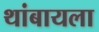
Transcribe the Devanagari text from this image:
थांबायला